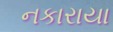
નકારાયા